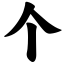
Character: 个